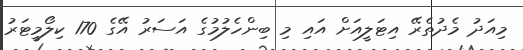
މިއަދު މެދުތެރޭ އިޓަލީއަށް އައި މި ބިންހެލުމުގެ އަސަރު އޭގެ 170 ކިލޯމީޓަރު